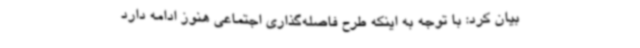
بیان کرد: با توجه به اینکه طرح فاصله‌گذاری اجتماعی هنوز ادامه دارد